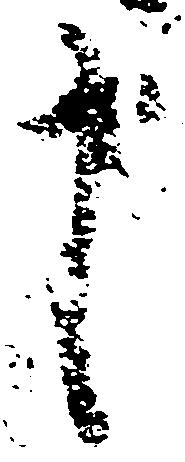
申